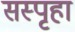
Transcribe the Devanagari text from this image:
सस्पृहा